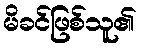
မိခင်ဖြစ်သူ၏